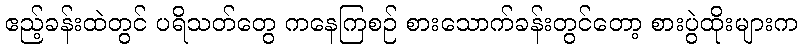
ဧည့်ခန်းထဲတွင် ပရိသတ်တွေ ကနေကြစဉ် စားသောက်ခန်းတွင်တော့ စားပွဲထိုးများက